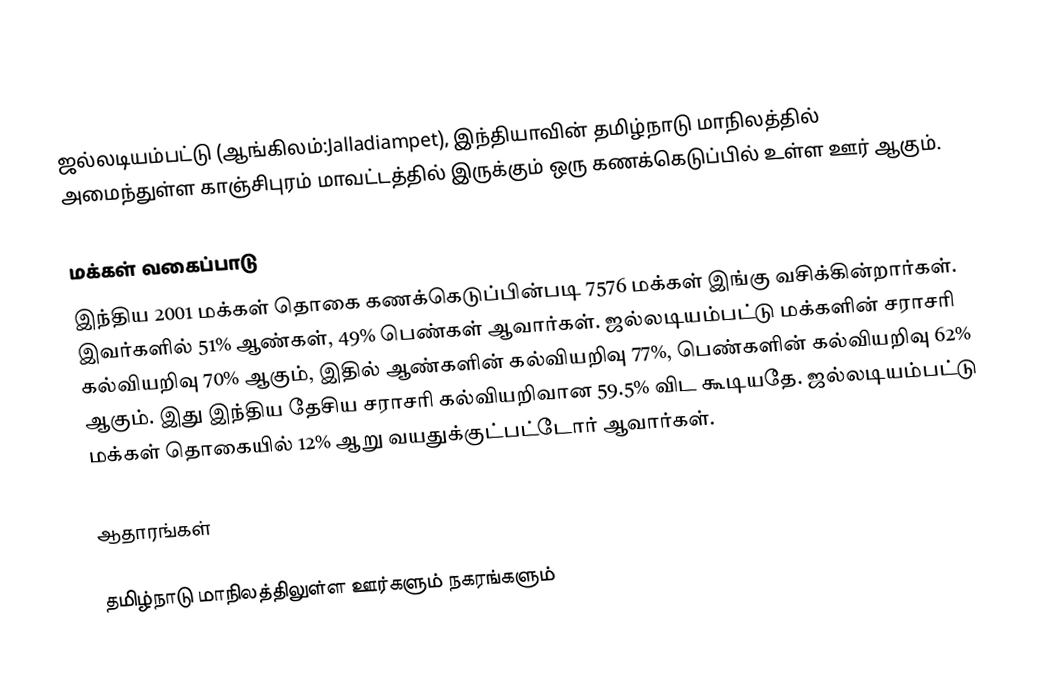
ஜல்லடியம்பட்டு (ஆங்கிலம்:Jalladiampet), இந்தியாவின் தமிழ்நாடு மாநிலத்தில் அமைந்துள்ள காஞ்சிபுரம் மாவட்டத்தில் இருக்கும் ஒரு கணக்கெடுப்பில் உள்ள ஊர்  ஆகும்.

மக்கள் வகைப்பாடு
இந்திய 2001 மக்கள் தொகை கணக்கெடுப்பின்படி 7576 மக்கள் இங்கு வசிக்கின்றார்கள். இவர்களில் 51% ஆண்கள், 49% பெண்கள் ஆவார்கள். ஜல்லடியம்பட்டு மக்களின் சராசரி கல்வியறிவு 70% ஆகும்,  இதில் ஆண்களின் கல்வியறிவு 77%,  பெண்களின் கல்வியறிவு 62% ஆகும். இது இந்திய தேசிய சராசரி கல்வியறிவான 59.5% விட கூடியதே. ஜல்லடியம்பட்டு மக்கள் தொகையில் 12%  ஆறு வயதுக்குட்பட்டோர் ஆவார்கள்.

ஆதாரங்கள்

தமிழ்நாடு மாநிலத்திலுள்ள ஊர்களும் நகரங்களும்